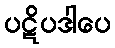
ပဋိပဒါပေ